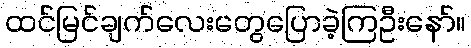
ထင်မြင်ချက်လေးတွေပြောခဲ့ကြဦးနော်။